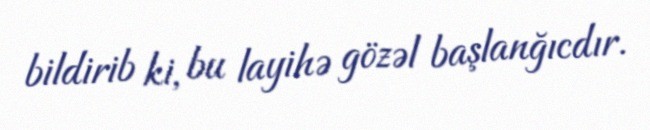
bildirib ki, bu layihə gözəl başlanğıcdır.